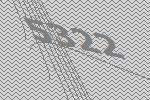
5322